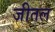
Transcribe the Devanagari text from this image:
जीतल